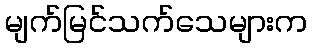
မျက်မြင်သက်သေများက